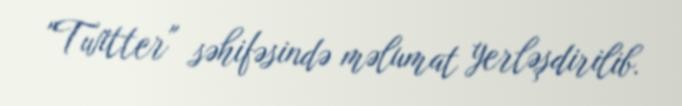
"Twitter" səhifəsində məlumat yerləşdirilib.